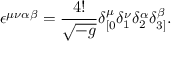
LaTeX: \epsilon ^ { \mu \nu \alpha \beta } = \frac { 4 ! } { \sqrt { - g } } \delta _ { [ 0 } ^ { \mu } \delta _ { 1 } ^ { \nu } \delta _ { 2 } ^ { \alpha } \delta _ { 3 ] } ^ { \beta } .